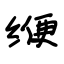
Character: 缏